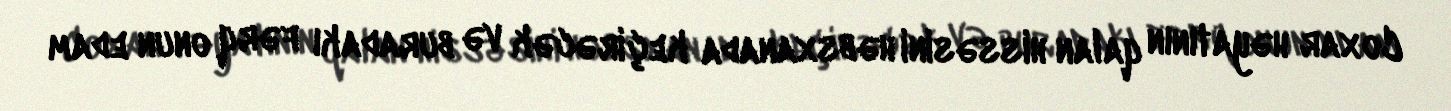
Coxar həyatının qalan hissəsini həbsxanada keçirəcək və buradakı fərq onun edam